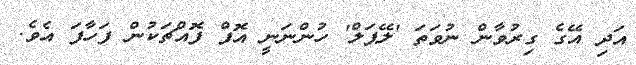
އަދި އޭގެ ގިރުވާން ނުވަތަ 'ލޭޕަލް' ހުންނަނީ އޮފް ފޮއްޗަކުން ފަހާފަ އެވެ.